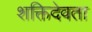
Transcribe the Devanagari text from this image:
शक्तिदेवता